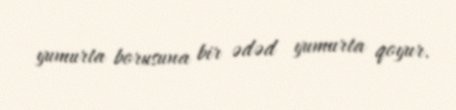
yumurta borusuna bir ədəd yumurta qoyur.